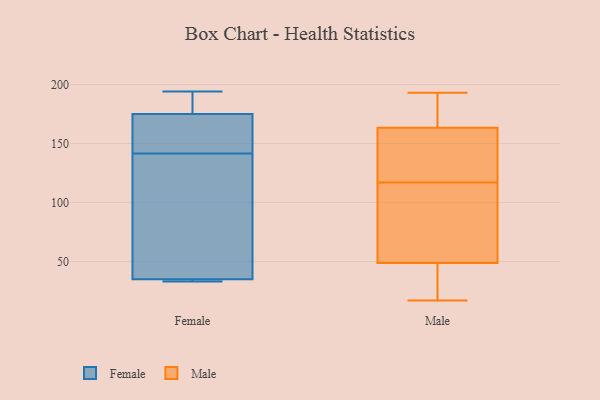
{"axis": {"x": "Energy Usage (MWh)", "y": "Value"}, "legend": ["Female", "Male"], "data": [{"x": "", "y": 178, "type": "Female"}, {"x": "", "y": 194, "type": "Female"}, {"x": "", "y": 35, "type": "Female"}, {"x": "", "y": 33, "type": "Female"}, {"x": "", "y": 119, "type": "Female"}, {"x": "", "y": 175, "type": "Female"}, {"x": "", "y": 35, "type": "Female"}, {"x": "", "y": 86, "type": "Female"}, {"x": "", "y": 170, "type": "Female"}, {"x": "", "y": 164, "type": "Female"}, {"x": "", "y": 160, "type": "Male"}, {"x": "", "y": 152, "type": "Male"}, {"x": "", "y": 35, "type": "Male"}, {"x": "", "y": 160, "type": "Male"}, {"x": "", "y": 179, "type": "Male"}, {"x": "", "y": 180, "type": "Male"}, {"x": "", "y": 161, "type": "Male"}, {"x": "", "y": 164, "type": "Male"}, {"x": "", "y": 66, "type": "Male"}, {"x": "", "y": 183, "type": "Male"}, {"x": "", "y": 43, "type": "Male"}, {"x": "", "y": 20, "type": "Male"}, {"x": "", "y": 193, "type": "Male"}, {"x": "", "y": 17, "type": "Male"}, {"x": "", "y": 83, "type": "Male"}, {"x": "", "y": 31, "type": "Male"}, {"x": "", "y": 102, "type": "Male"}, {"x": "", "y": 117, "type": "Male"}, {"x": "", "y": 112, "type": "Male"}]}